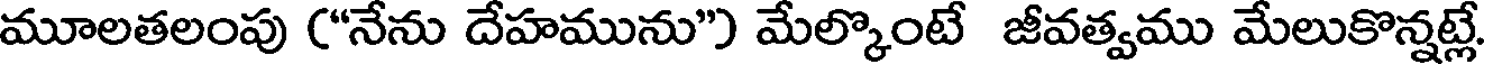
మూలతలంపు ("నేను దేహమును") మేల్కొంటే జీవత్వము మేలుకొన్నట్లే